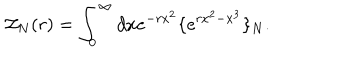
LaTeX: { \cal Z } _ { N } ( r ) = \int _ { 0 } ^ { \infty } d x e ^ { - r x ^ { 2 } } \{ e ^ { r x ^ { 2 } - x ^ { 3 } } \} _ { N } .